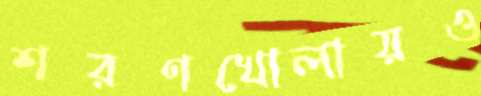
শরণখোলায়ও